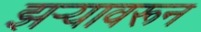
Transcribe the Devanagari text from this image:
झऱ्यावरून